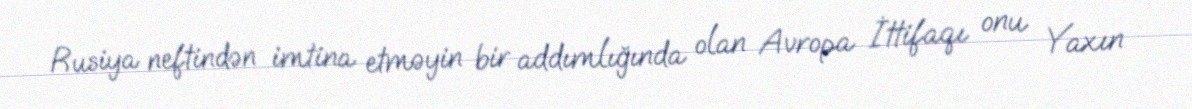
Rusiya neftindən imtina etməyin bir addımlığında olan Avropa İttifaqı onu Yaxın